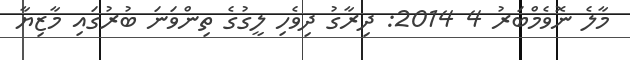
މާލެ ނޮވެމްބަރު 4 2014: ދިރާގު ދިވެހި ލީގުގެ ތިންވަނަ ބުރުގައި މާޒިޔާ